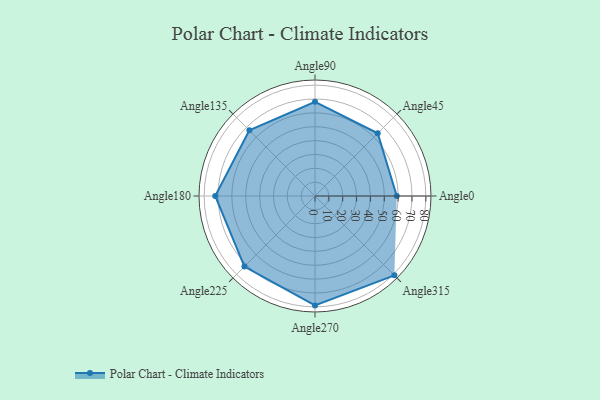
{"axis": {"x": "Angle", "y": "Radius"}, "legend": [""], "data": [{"x": "Angle0", "y": 59.0, "type": ""}, {"x": "Angle45", "y": 64.0, "type": ""}, {"x": "Angle90", "y": 68.0, "type": ""}, {"x": "Angle135", "y": 67.0, "type": ""}, {"x": "Angle180", "y": 72.0, "type": ""}, {"x": "Angle225", "y": 72.0, "type": ""}, {"x": "Angle270", "y": 79.0, "type": ""}, {"x": "Angle315", "y": 81.0, "type": ""}]}